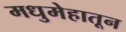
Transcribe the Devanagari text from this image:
मधुमेहातून